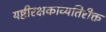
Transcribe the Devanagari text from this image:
यष्टीरक्षकाव्यतिरीक्त